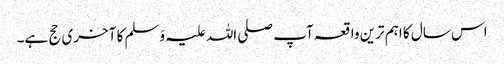
اس سال کا اہم ترین واقعہ آپ صلی اللہ علیہ وَسلم کا آخری حج ہے۔